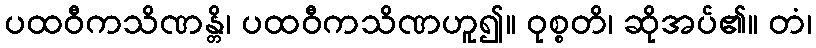
ပထဝီကသိဏန္တိ၊ ပထဝီကသိဏဟူ၍။ ဝုစ္စတိ၊ ဆိုအပ်၏။ တံ၊